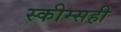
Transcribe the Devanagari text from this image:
स्कीम्सही